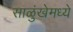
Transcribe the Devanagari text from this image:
साळुंखेमध्ये